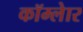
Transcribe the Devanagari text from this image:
कॉम्लेार